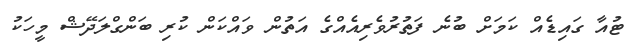
ޓުއާ ގައިޑެއް ކަމަށް ބުނެ ފަތުރުވެރިއެއްގެ އަތުން ވައްކަން ކުރި ބަންގްލަދޭޝް މީހަކު